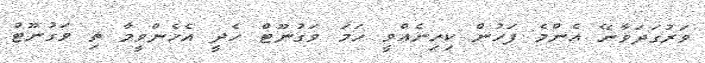
ވަރުގަދަވާނޭ އެންމެ ފަހުން ކިހިނެއްވީ ހަމަ ވަގުނޫޓް ހެދީ އެހެންވީމާ ތި ވަގުނޫޓް